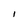
Character: I